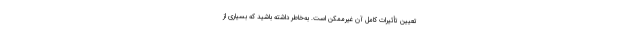
تعیین تأثیرات کامل آن غیرممکن است. به‌خاطر داشته باشید که بسیاری از